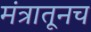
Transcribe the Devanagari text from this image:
मंत्रातूनच